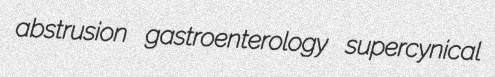
abstrusion gastroenterology supercynical